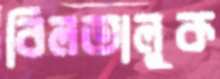
বিলতালুক